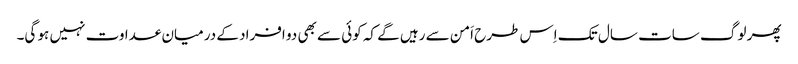
پھر لوگ سات سال تک اِس طرح اَمن سے رہیں گے کہ کوئی سے بھی دو افراد کے درمیان عداوت نہیں ہو گی۔